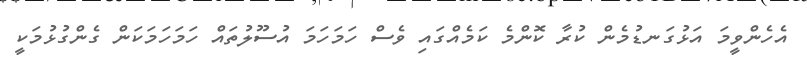
އެހެންވީމަ އަޅުގަނޑުމެން ކުރާ ކޮންމެ ކަމެއްގައި ވެސް ހަމަހަމަ އުސޫލުތައް ހަމަހަމަކަން ގެންގުޅުމަކީ